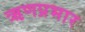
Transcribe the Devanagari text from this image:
ऋणप्रभार